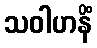
သဝါဟနိံ